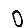
Digit: 0